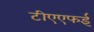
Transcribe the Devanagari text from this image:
टीएएफई